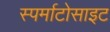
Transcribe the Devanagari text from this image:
स्पर्माटोसाइट